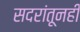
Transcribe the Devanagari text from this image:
सदरांतूनही